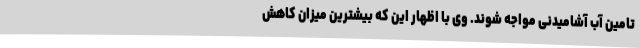
تامین آب آشامیدنی مواجه شوند. وی با اظهار این که بیشترین میزان کاهش